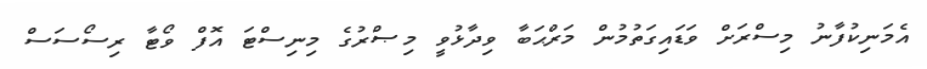
އެމަނިކުފާނު މިސްރަށް ވަޑައިގަތުމުން މަރްޙަބާ ވިދާޅުވީ މިޞްރުގެ މިނިސްޓަ އޮފް ވޯޓާ ރިސޯސަސް